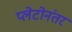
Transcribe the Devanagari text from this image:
प्लेटोनंतर